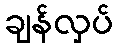
ချန်လှပ်